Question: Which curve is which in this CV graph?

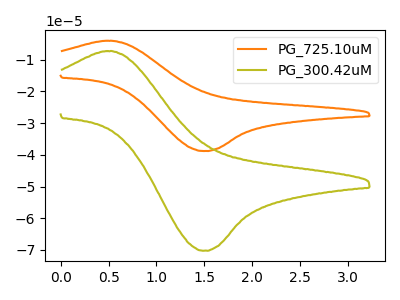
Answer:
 <answer>The orange curve is labeled "PG_725.10uM". The olive curve is labeled "PG_300.42uM".</answer>
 <eval></eval>